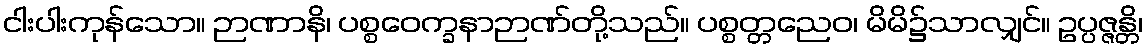
ငါးပါးကုန်သော။ ဉာဏာနိ၊ ပစ္စဝေက္ခနာဉာဏ်တို့သည်။ ပစ္စတ္တညေဝ၊ မိမိ၌သာလျှင်။ ဥပ္ပဇ္ဇန္တိ၊